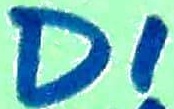
Text: D1